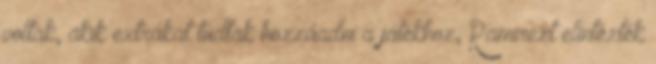
voltak, akik extrákat tudtak hozzáadni a játékhoz, Ramirezt elintézték